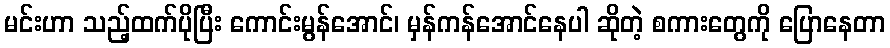
မင်းဟာ သည့်ထက်ပိုပြီး ကောင်းမွန်အောင်၊ မှန်ကန်အောင်နေပါ ဆိုတဲ့ စကားတွေကို ပြောနေတာ